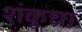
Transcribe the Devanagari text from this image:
शंकूचा